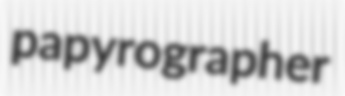
papyrographer